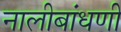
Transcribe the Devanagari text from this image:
नालीबांधणी